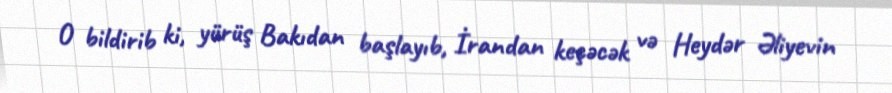
O bildirib ki, yürüş Bakıdan başlayıb, İrandan keçəcək və Heydər Əliyevin